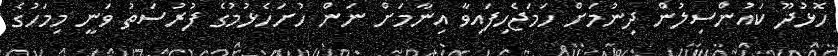
ހޮޅުދޫ ކައުންސިލުން ދިނުމަށް ހަމަޖެހިފައިވާ އިނާމަށް ނަން ހުށަހެޅުމުގެ ފުރުސަތު ވަނީ މިމަހުގެ